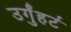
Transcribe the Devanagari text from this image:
उर्गुंहर्ट